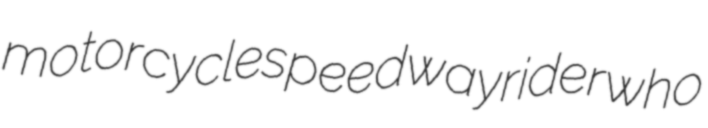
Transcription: motorcycle speedway rider who